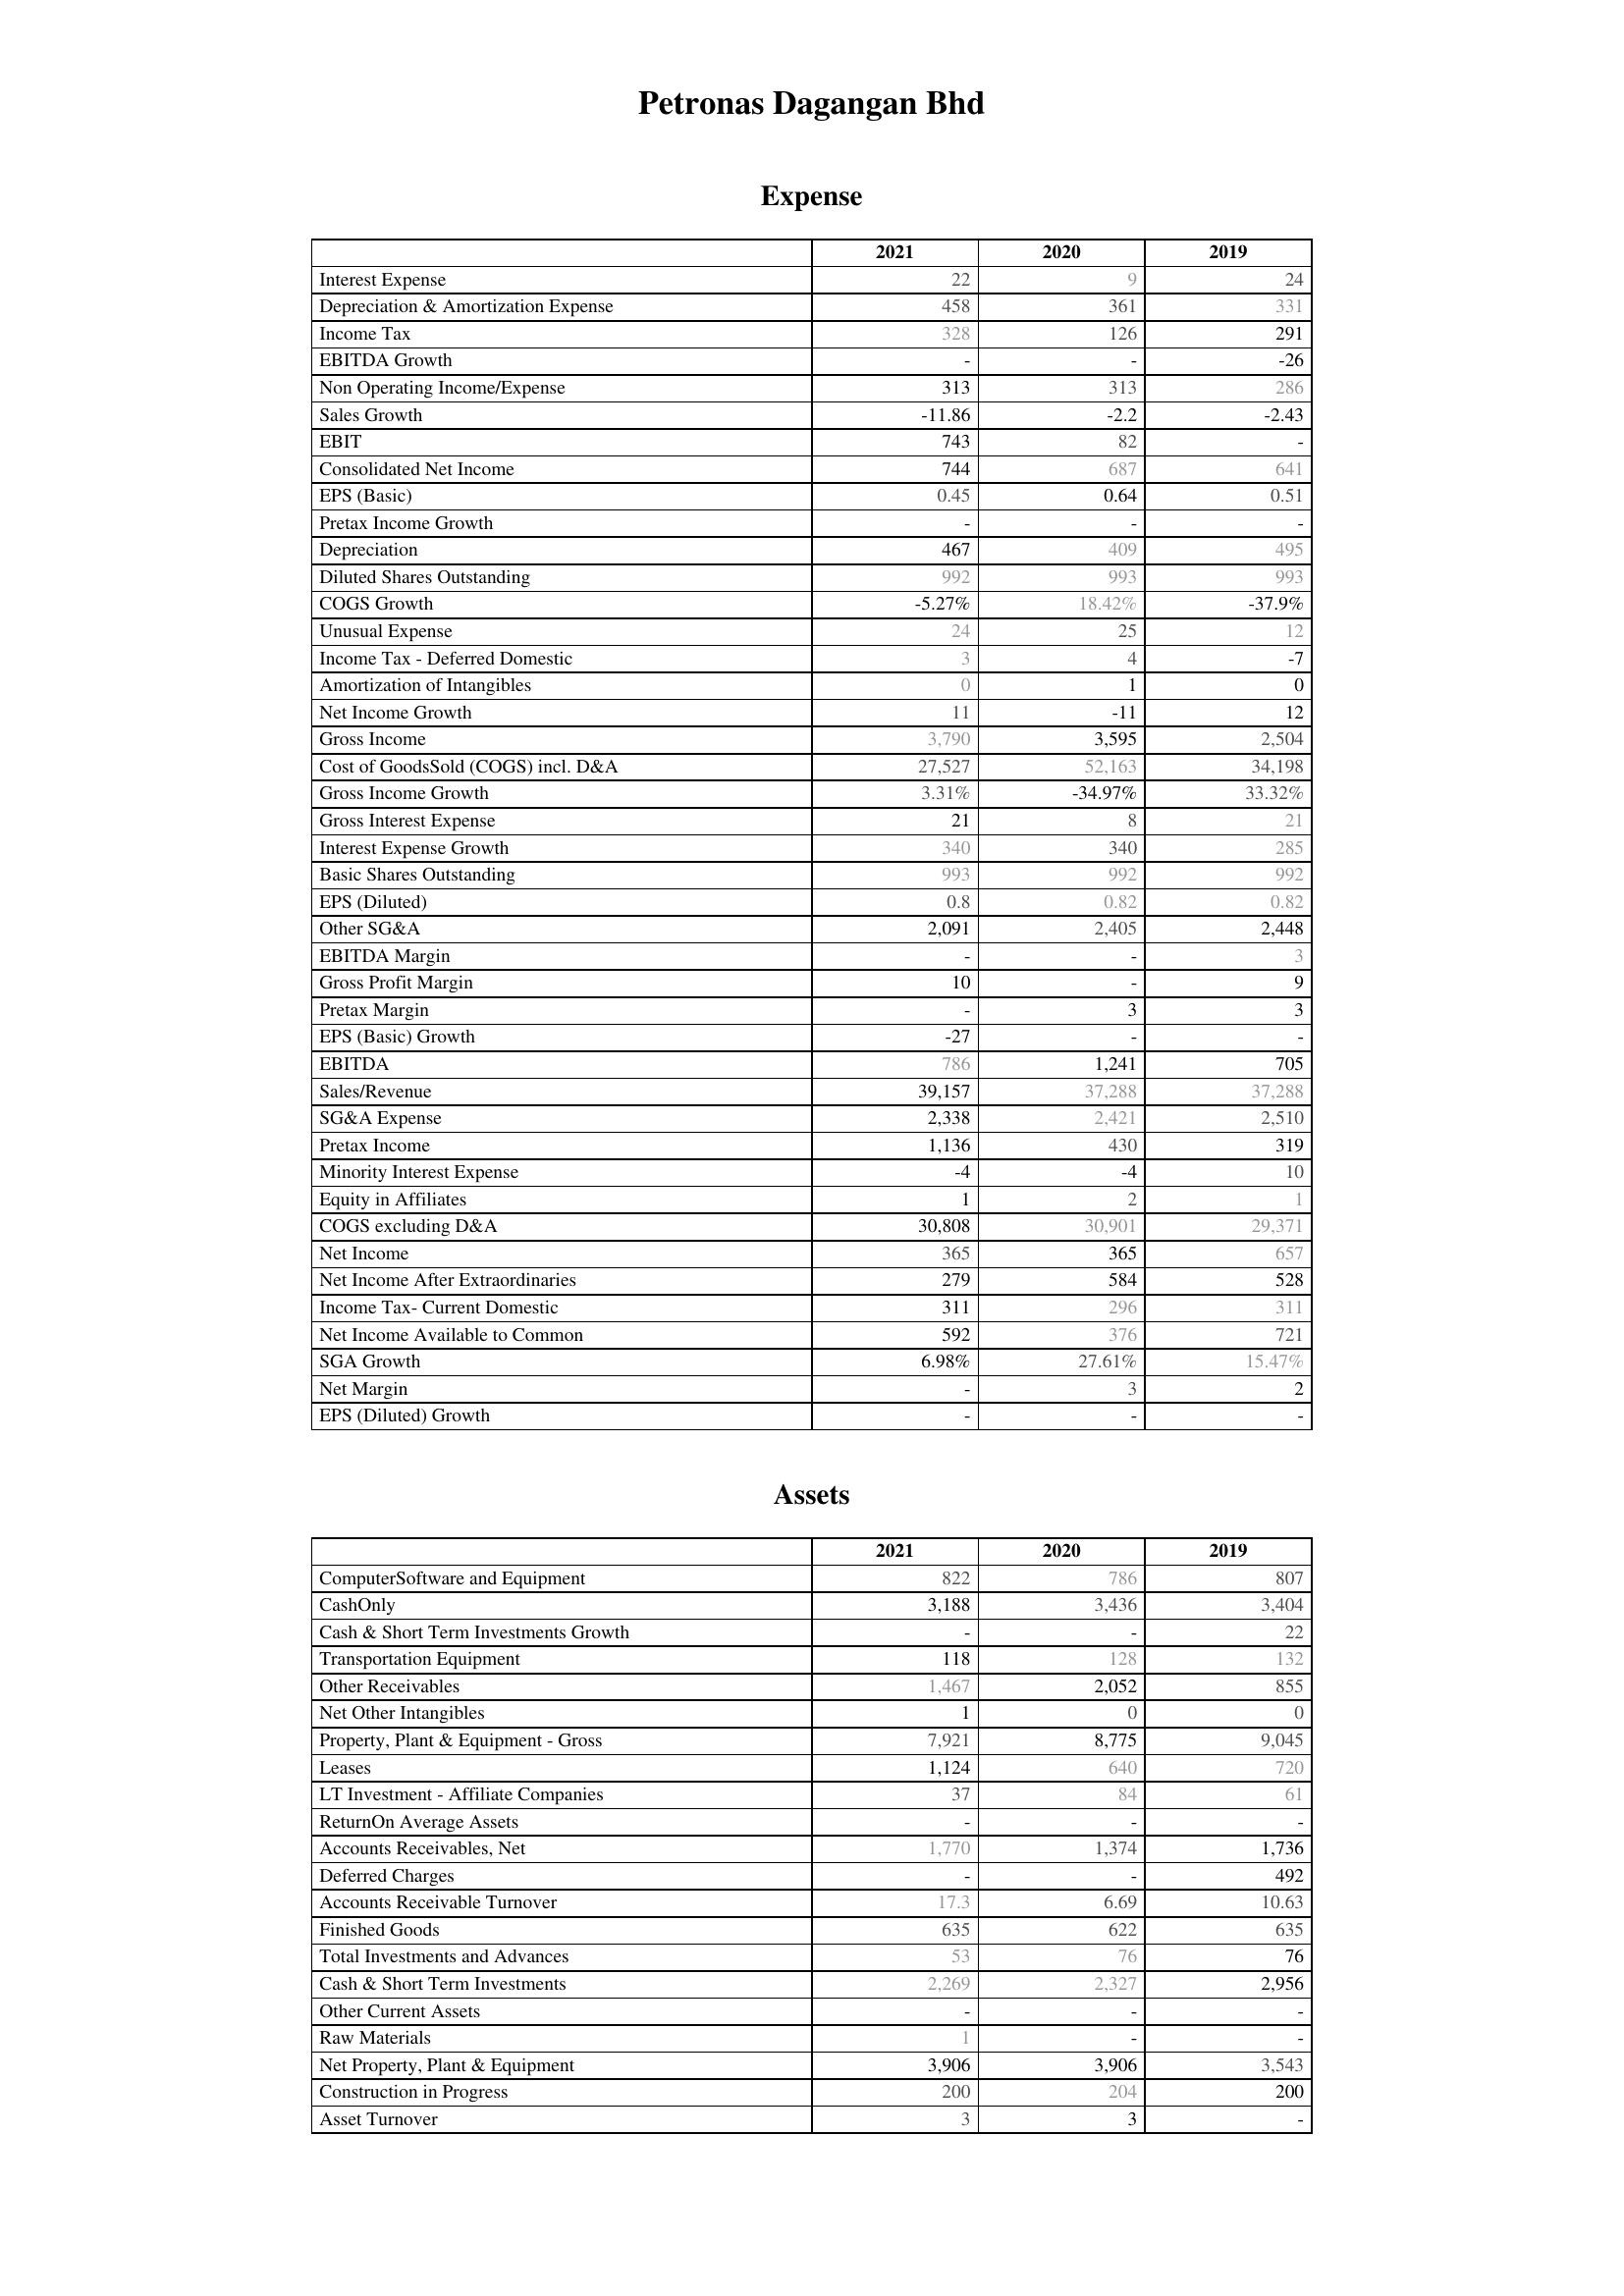
2021: Expense: Interest Expense: 22
Depreciation & Amortization Expense: 458
Income Tax: 328
EBITDA Growth: -
Non Operating Income/Expense: 313
Sales Growth: -11.86
EBIT: 743
Consolidated Net Income: 744
EPS (Basic): 0.45
Pretax Income Growth: -
Depreciation: 467
Diluted Shares Outstanding: 992
COGS Growth: -5.27%
Unusual Expense: 24
Income Tax - Deferred Domestic: 3
Amortization of Intangibles: 0
Net Income Growth: 11
Gross Income: 3,790
Cost of GoodsSold (COGS) incl. D&A: 27,527
Gross Income Growth: 3.31%
Gross Interest Expense: 21
Interest Expense Growth: 340
Basic Shares Outstanding: 993
EPS (Diluted): 0.8
Other SG&A: 2,091
EBITDA Margin: -
Gross Profit Margin: 10
Pretax Margin: -
EPS (Basic) Growth: -27
EBITDA: 786
Sales/Revenue: 39,157
SG&A Expense: 2,338
Pretax Income: 1,136
Minority Interest Expense: -4
Equity in Affiliates: 1
COGS excluding D&A: 30,808
Net Income: 365
Net Income After Extraordinaries: 279
Income Tax- Current Domestic: 311
Net Income Available to Common: 592
SGA Growth: 6.98%
Net Margin: -
EPS (Diluted) Growth: -
Assets: ComputerSoftware and Equipment: 822
CashOnly: 3,188
Cash & Short Term Investments Growth: -
Transportation Equipment: 118
Other Receivables: 1,467
Net Other Intangibles: 1
Property, Plant & Equipment - Gross : 7,921
Leases: 1,124
LT Investment - Affiliate Companies: 37
ReturnOn Average Assets: -
Accounts Receivables, Net: 1,770
Deferred Charges: -
Accounts Receivable Turnover: 17.3
Finished Goods: 635
Total Investments and Advances: 53
Cash & Short Term Investments: 2,269
Other Current Assets: -
Raw Materials: 1
Net Property, Plant & Equipment: 3,906
Construction in Progress: 200
Asset Turnover: 3
2020: Expense: Interest Expense: 9
Depreciation & Amortization Expense: 361
Income Tax: 126
EBITDA Growth: -
Non Operating Income/Expense: 313
Sales Growth: -2.2
EBIT: 82
Consolidated Net Income: 687
EPS (Basic): 0.64
Pretax Income Growth: -
Depreciation: 409
Diluted Shares Outstanding: 993
COGS Growth: 18.42%
Unusual Expense: 25
Income Tax - Deferred Domestic: 4
Amortization of Intangibles: 1
Net Income Growth: -11
Gross Income: 3,595
Cost of GoodsSold (COGS) incl. D&A: 52,163
Gross Income Growth: -34.97%
Gross Interest Expense: 8
Interest Expense Growth: 340
Basic Shares Outstanding: 992
EPS (Diluted): 0.82
Other SG&A: 2,405
EBITDA Margin: -
Gross Profit Margin: -
Pretax Margin: 3
EPS (Basic) Growth: -
EBITDA: 1,241
Sales/Revenue: 37,288
SG&A Expense: 2,421
Pretax Income: 430
Minority Interest Expense: -4
Equity in Affiliates: 2
COGS excluding D&A: 30,901
Net Income: 365
Net Income After Extraordinaries: 584
Income Tax- Current Domestic: 296
Net Income Available to Common: 376
SGA Growth: 27.61%
Net Margin: 3
EPS (Diluted) Growth: -
Assets: ComputerSoftware and Equipment: 786
CashOnly: 3,436
Cash & Short Term Investments Growth: -
Transportation Equipment: 128
Other Receivables: 2,052
Net Other Intangibles: 0
Property, Plant & Equipment - Gross : 8,775
Leases: 640
LT Investment - Affiliate Companies: 84
ReturnOn Average Assets: -
Accounts Receivables, Net: 1,374
Deferred Charges: -
Accounts Receivable Turnover: 6.69
Finished Goods: 622
Total Investments and Advances: 76
Cash & Short Term Investments: 2,327
Other Current Assets: -
Raw Materials: -
Net Property, Plant & Equipment: 3,906
Construction in Progress: 204
Asset Turnover: 3
2019: Expense: Interest Expense: 24
Depreciation & Amortization Expense: 331
Income Tax: 291
EBITDA Growth: -26
Non Operating Income/Expense: 286
Sales Growth: -2.43
EBIT: -
Consolidated Net Income: 641
EPS (Basic): 0.51
Pretax Income Growth: -
Depreciation: 495
Diluted Shares Outstanding: 993
COGS Growth: -37.9%
Unusual Expense: 12
Income Tax - Deferred Domestic: -7
Amortization of Intangibles: 0
Net Income Growth: 12
Gross Income: 2,504
Cost of GoodsSold (COGS) incl. D&A: 34,198
Gross Income Growth: 33.32%
Gross Interest Expense: 21
Interest Expense Growth: 285
Basic Shares Outstanding: 992
EPS (Diluted): 0.82
Other SG&A: 2,448
EBITDA Margin: 3
Gross Profit Margin: 9
Pretax Margin: 3
EPS (Basic) Growth: -
EBITDA: 705
Sales/Revenue: 37,288
SG&A Expense: 2,510
Pretax Income: 319
Minority Interest Expense: 10
Equity in Affiliates: 1
COGS excluding D&A: 29,371
Net Income: 657
Net Income After Extraordinaries: 528
Income Tax- Current Domestic: 311
Net Income Available to Common: 721
SGA Growth: 15.47%
Net Margin: 2
EPS (Diluted) Growth: -
Assets: ComputerSoftware and Equipment: 807
CashOnly: 3,404
Cash & Short Term Investments Growth: 22
Transportation Equipment: 132
Other Receivables: 855
Net Other Intangibles: 0
Property, Plant & Equipment - Gross : 9,045
Leases: 720
LT Investment - Affiliate Companies: 61
ReturnOn Average Assets: -
Accounts Receivables, Net: 1,736
Deferred Charges: 492
Accounts Receivable Turnover: 10.63
Finished Goods: 635
Total Investments and Advances: 76
Cash & Short Term Investments: 2,956
Other Current Assets: -
Raw Materials: -
Net Property, Plant & Equipment: 3,543
Construction in Progress: 200
Asset Turnover: -